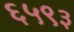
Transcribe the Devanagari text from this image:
६५९३